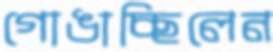
গোঙাচ্ছিলেন